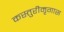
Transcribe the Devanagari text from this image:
कस्तुरीमृगास